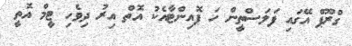
ގްރޫޕް އޭގައި ފަލަސްތީން ހަ ޕޮއިންޓާއެކު އޮތް އިރު ދިވެހި ޓީމް އޮތީ